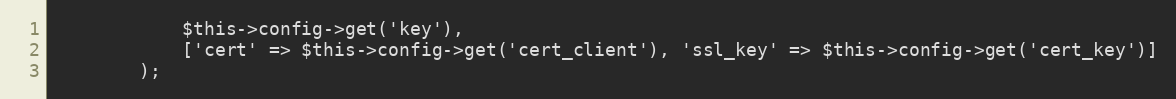
Language: PHP
            $this->config->get('key'),
            ['cert' => $this->config->get('cert_client'), 'ssl_key' => $this->config->get('cert_key')]
        );